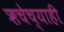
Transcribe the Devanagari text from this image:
ऋचेच्याही